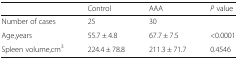
<table><thead><tr><td></td><td><b>Control</b></td><td><b>AAA</b></td><td><b><i>P</i> value</b></td></tr></thead><tbody><tr><td>Number of cases</td><td>25</td><td>30</td><td></td></tr><tr><td>Age,years</td><td>55.7 ± 4.8</td><td>67.7 ± 7.5</td><td>&lt;0.0001</td></tr><tr><td>Spleen volume,cm<sup>3</sup></td><td>224.4 ± 78.8</td><td>211.3 ± 71.7</td><td>0.4546</td></tr></tbody></table>